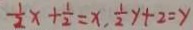
\frac { 1 } { 2 } x + \frac { 1 } { 2 } = x , \frac { 1 } { 2 } y + 2 = y